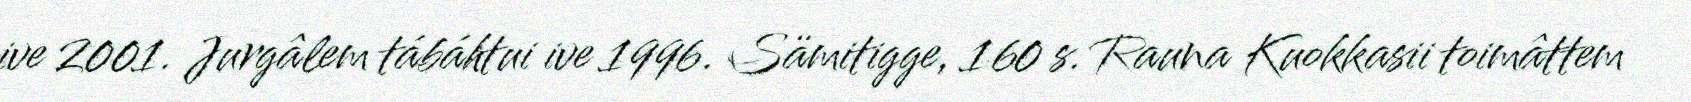
ive 2001. Jurgâlem tábáhtui ive 1996. Sämitigge, 160 s. Rauna Kuokkasii toimâttem